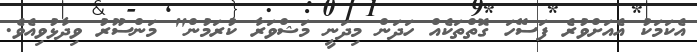
އެކަމަކު އެއަށްވުރެ ފަސޭހަ ގޮތްތަކެއް ހަދަން މިދަނީ މަޝްވަރާ ކުރަމުން" މަންސޫރު ވިދާޅުވިއެވެ.